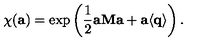
\chi ( { \bf a } ) = \exp \left( \frac 1 2 { \bf a } { \bf M } { \bf a } + { \bf a } \langle { \bf q } \rangle \right) .